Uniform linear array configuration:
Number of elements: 16
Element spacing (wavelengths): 0.75
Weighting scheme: hamming
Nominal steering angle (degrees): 0
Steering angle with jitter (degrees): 0.3096
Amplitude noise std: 0.05
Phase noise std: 0.05

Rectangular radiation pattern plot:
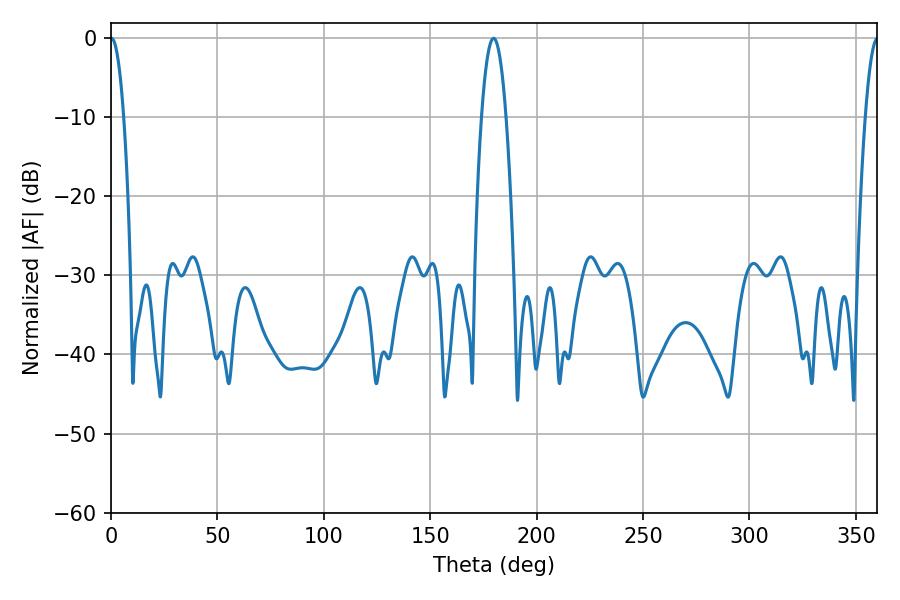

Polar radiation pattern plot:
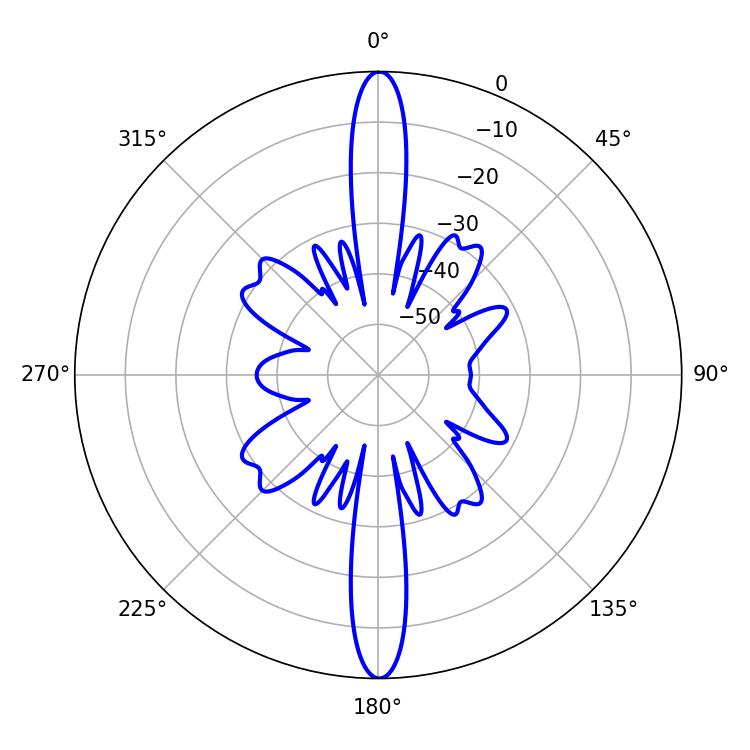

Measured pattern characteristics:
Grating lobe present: TRUE
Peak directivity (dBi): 35.603
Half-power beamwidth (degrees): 3.42
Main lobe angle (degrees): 0.18